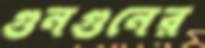
গুনগুনের